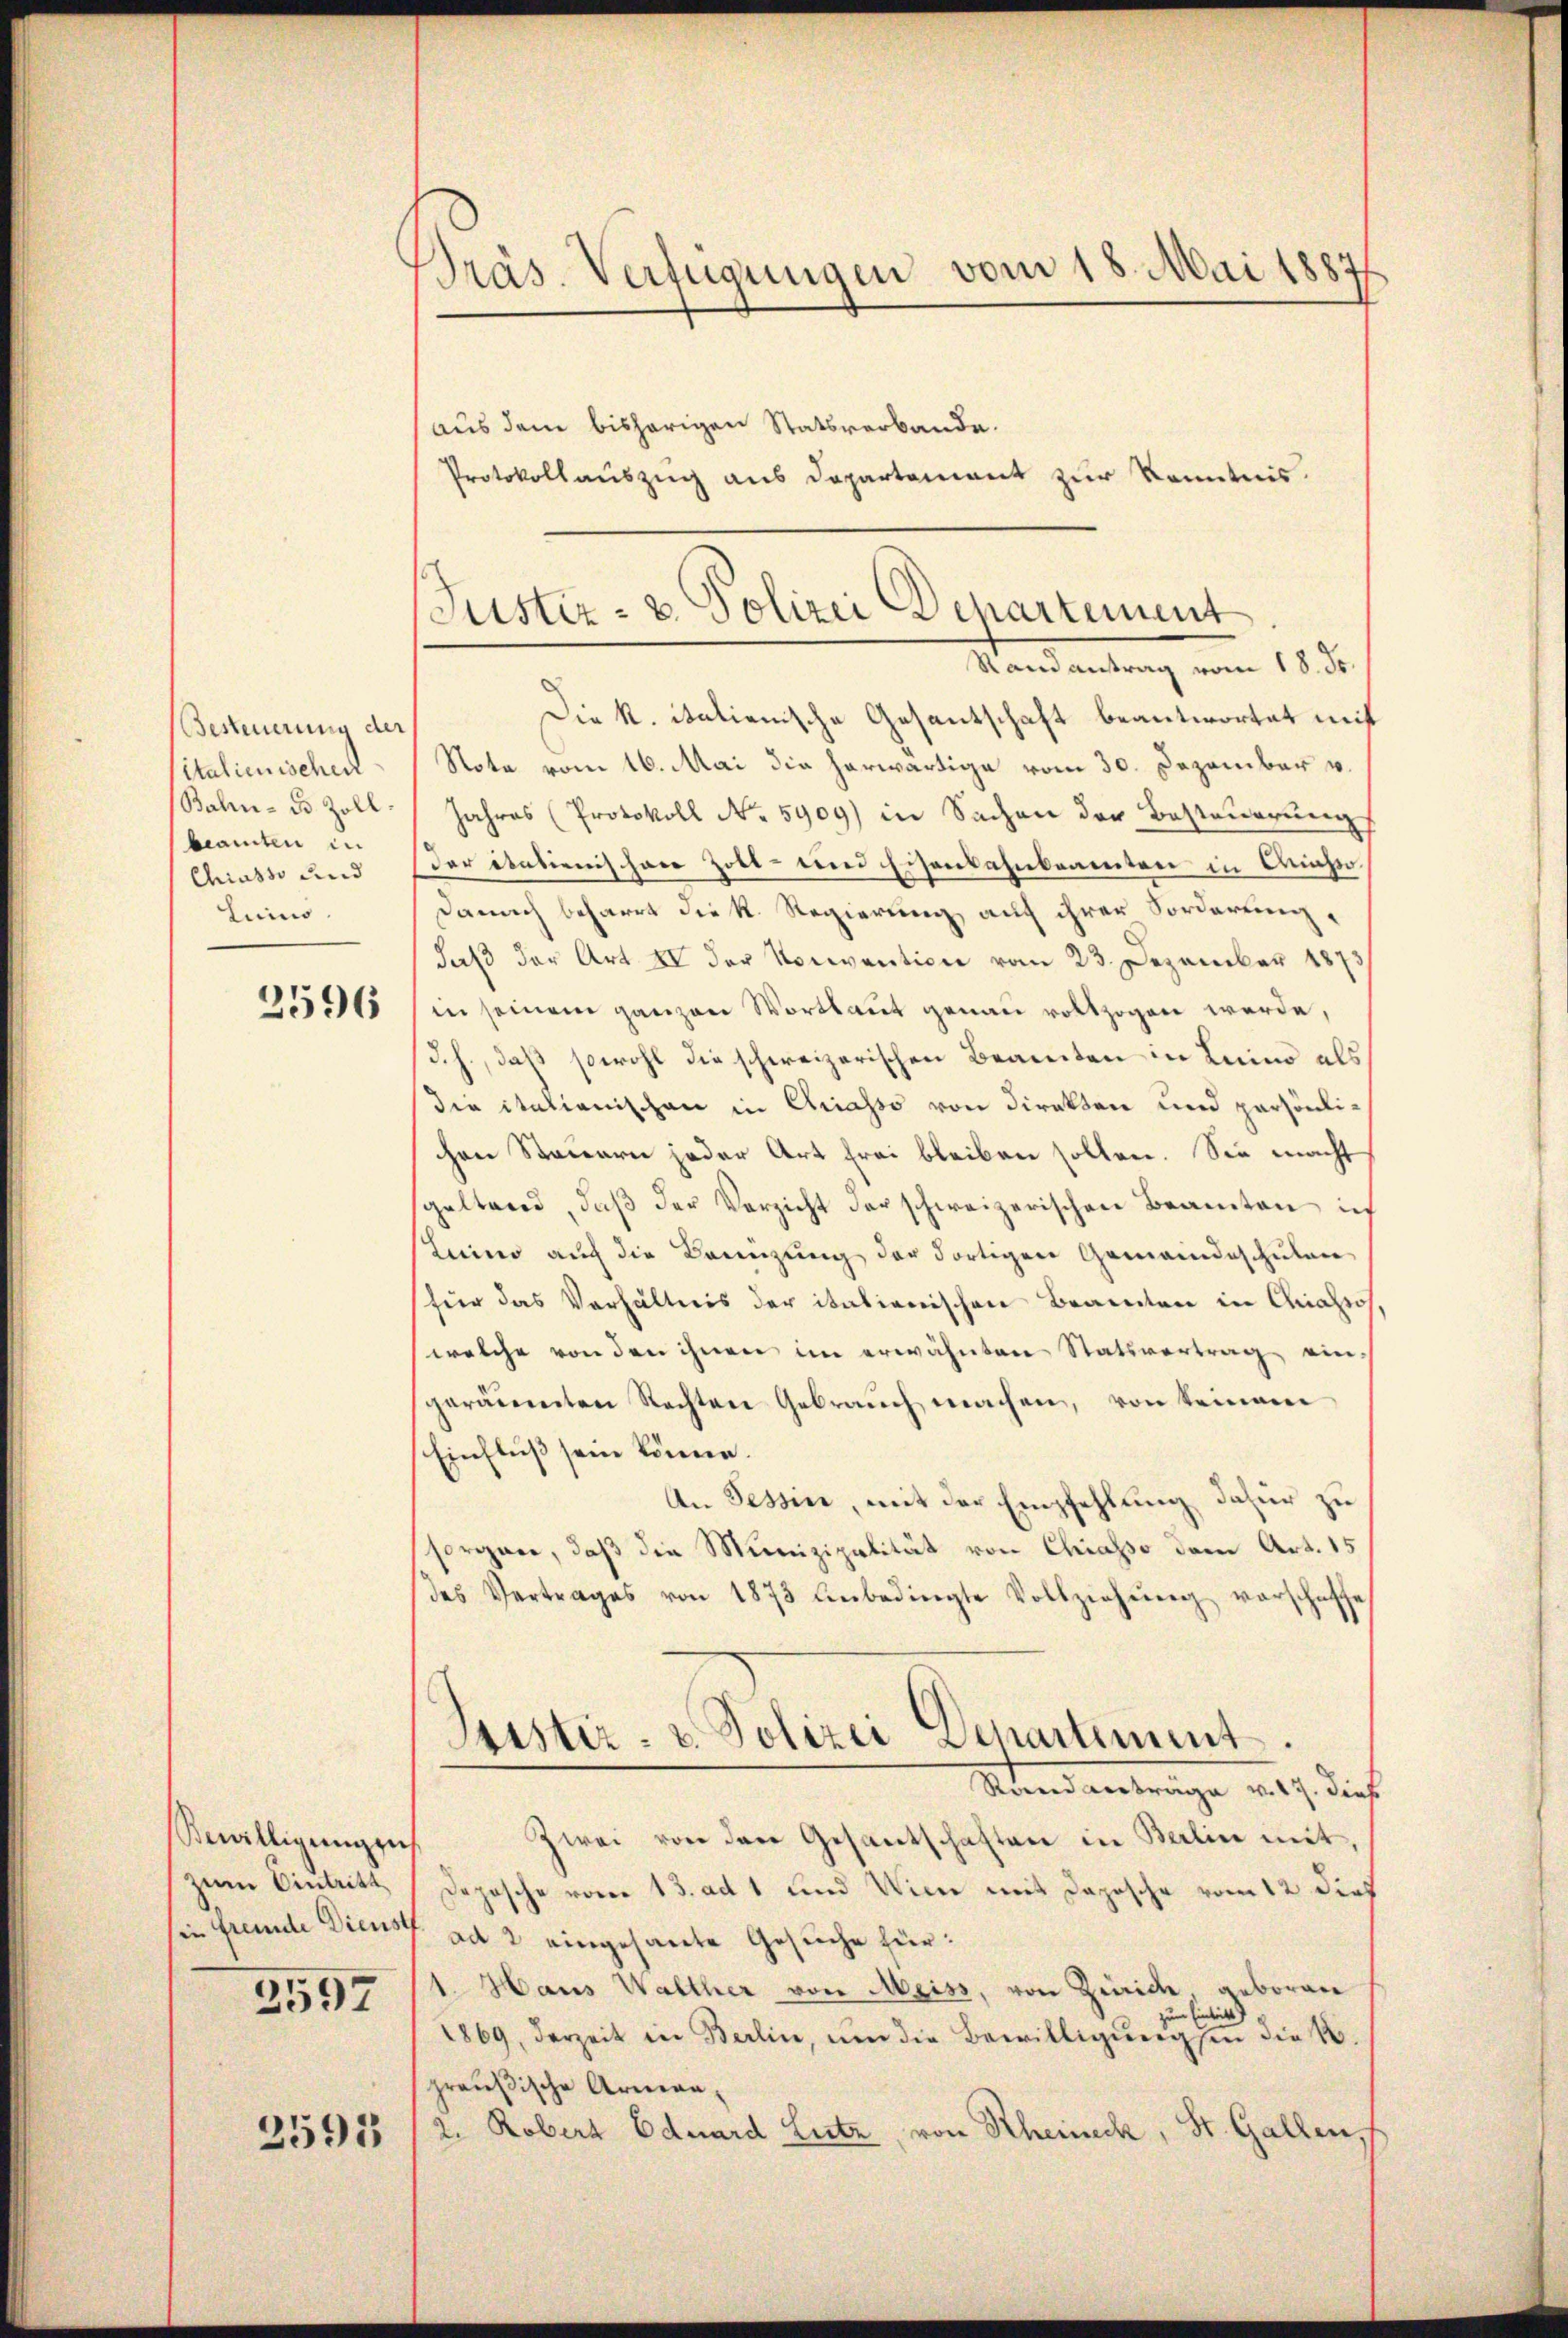
Besteuerung der
italienischen
Bahn - es Zollbeamten in
Chiasso und
Luino.

2596

Sewilligung ei
zum Eintritt
sin fremde Dienst
2597

2591

Präs. Verfügungen vom 18. Mai 1887

aus dem bisherigen Statsverbande.
Protokollauszug aus Departement zur Kenntnis.
Die K. italienische Gesantschaft beantwortet mit
Note vom 16. Mai die herwärtige vom 30. Dezember v.
Jahres (Protokoll No 5909) in Sachen der Besteuerung
Der italienischen Zott- und Eisenbahnbeamten in Aichi
Danach beharrt die K. Regierung auf ihrer Sorderung,
daβ der Art II der Noriention vom 23. Dezember 1873
in seinem ganzen Wortlaut genau vollzogen werde,
d. h., daß sowohl die schweizerischen Beamten in Luino als
die italienischen in Chriasso von Direkten und persönlichen Steuern jeder Art frei bleiben sollen. Sie macht
geltend, daβ der Verzicht der schweizerischen Beamten ich
Leiner auch die Brenzung der dortigen Gemeindeschulen
für das Verhältnis der italienischen Brandten in Chiassos
welche von den ihnen im erwähnten Statsvertrag ein,
geräumten Rechten Gebrauch machen, von keinem
Einfluß sein könne.
An Tessin, mit der Empfehlung dafür zu
sorgane, daß die Munizipalität von Chiasso dem Art. 15
des Vertrages von 1873 unbedingte Vollziehŭng verschaft
Sistir- u. Polizei Departiment.
Rand antrage v. 17. dies
Zwei von der Gesantschaften in Berlin mit,
Depesche vom 13. ad 1 und Wien mit Daposche vom 12 dies
ad 2 eingesante Gesuche für:
1. Hans Walther von Meiss, von Zürich geboren
 Eintricht
1869, derzeit in Berlin, um die Bewilligŭngen die k.
preußische Arman¬
2. Robers Eduard Lutz, von Rheineck, St. Gallen,

Justiz- & Polizei Departement
Randantrag vom 18. Fr.